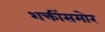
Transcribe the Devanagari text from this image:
शक्तींसमोर